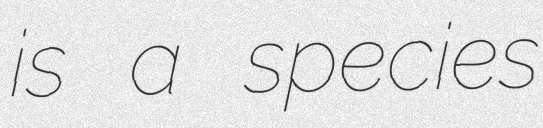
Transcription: is a species